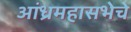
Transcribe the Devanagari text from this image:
आंध्रमहासभेचे